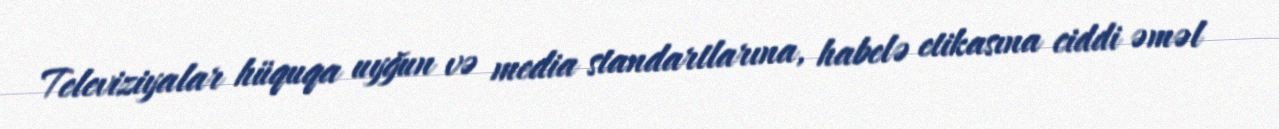
Televiziyalar hüquqa uyğun və media standartlarına, habelə etikasına ciddi əməl